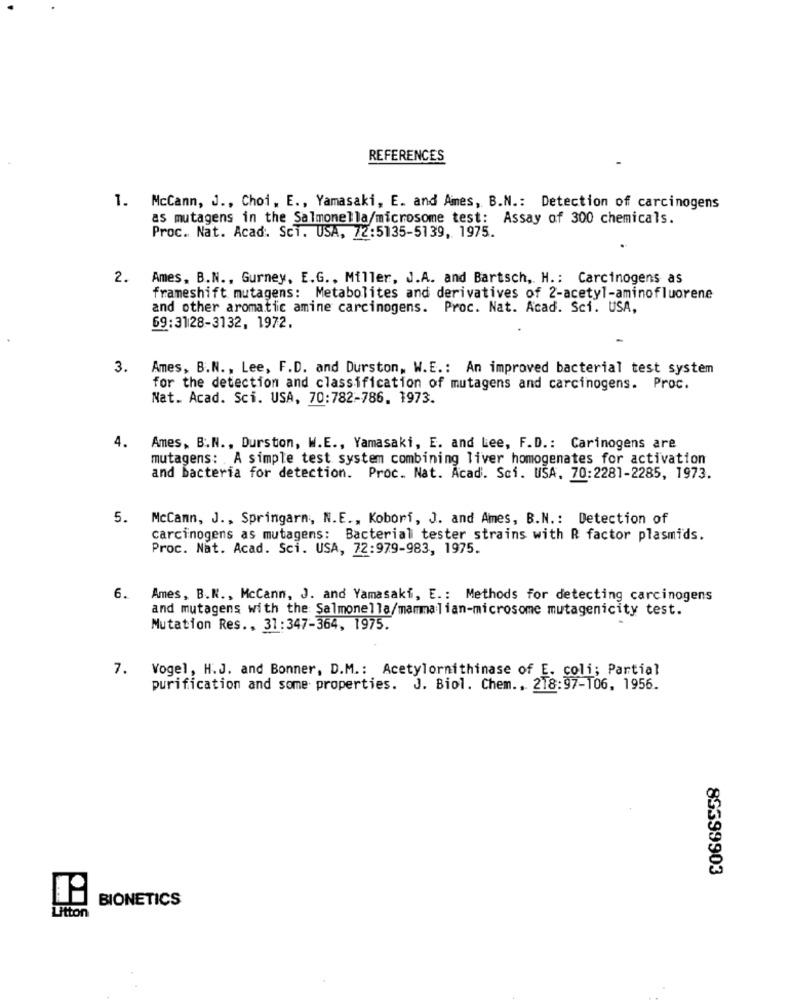
REFERENCES
1. McCann, J ., Choi, E ., Yamasaki, E. and Ames, B.N .: Detection of carcinogens
as mutagens in the Salmonella/microsome test: Assay of 300 chemicals.
Proc. Nat. Acad. Sci. USA, 72:5135-5139, 1975.
2. Ames, B.N ., Gurney, E.G ., Miller, J.A. and Bartsch, H .: Carcinogens as
frameshift mutagens: Metabolites and derivatives of 2-acetyl-aminofluorene
and other aromatic amine carcinogens. Proc. Nat. Acad. Sci. USA,
69:3128-3132, 1972.
3.
Ames, B.N ., Lee, F.D. and Durston, W.E .: An improved bacterial test system
for the detection and classification of mutagens and carcinogens. Proc.
Nat. Acad. Sci. USA, 70:782-786. 1973.
4.
Ames, B.N ., Durston, W.E ., Yamasaki, E. and Lee, F.D .: Carinogens are
mutagens: . A simple test system combining liver homogenates for activation
and bacteria for detection. Proc. Nat. Acad. Sci. USA, 70:2281-2285, 1973.
5. McCann, J ., Springarm, N.E ., Kobori, J. and Ames, B.N .: Detection of
carcinogens as mutagens: Bacterial tester strains with R factor plasmids.
Proc. Nat. Acad. Sci. USA, 72:979-983, 1975.
6. Ames, B.N ., McCann, J. and Yamasaki, E .: Methods for detecting carcinogens
and mutagens with the Salmonella/mammalian-microsome mutagenicity test.
Mutation Res ., 31:347-364, 1975.
7.
Vogel, H.J. and Bonner, D.M .: Acetylornithinase of E. coli; Partial
purification and some properties. J. Biol. Chem .. 218:97-106, 1956.
85399903
BIONETICS
Litton